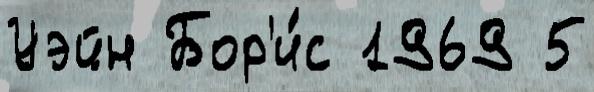
Уэйн Бор'и́с 1969 5